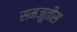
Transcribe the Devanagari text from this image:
समजूतीस